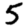
Digit: 5